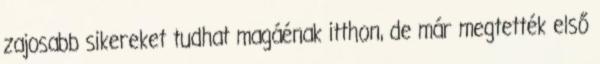
zajosabb sikereket tudhat magáénak itthon, de már megtették első